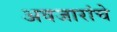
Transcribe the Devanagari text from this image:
अवजारांचे